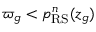
\varpi _ { g } < p _ { \mathrm { R S } } ^ { n } ( z _ { g } )